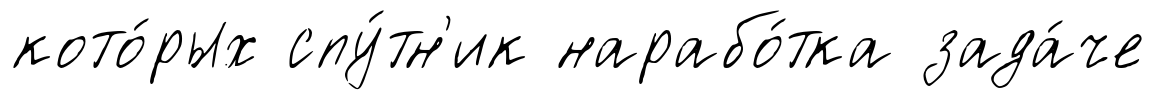
кото́рых спу́тн'ик нарабо́тка зада́че